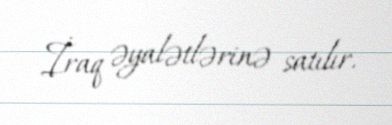
İraq əyalətlərinə satılır.